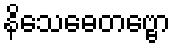
နိသေဓေတဗ္ဗော